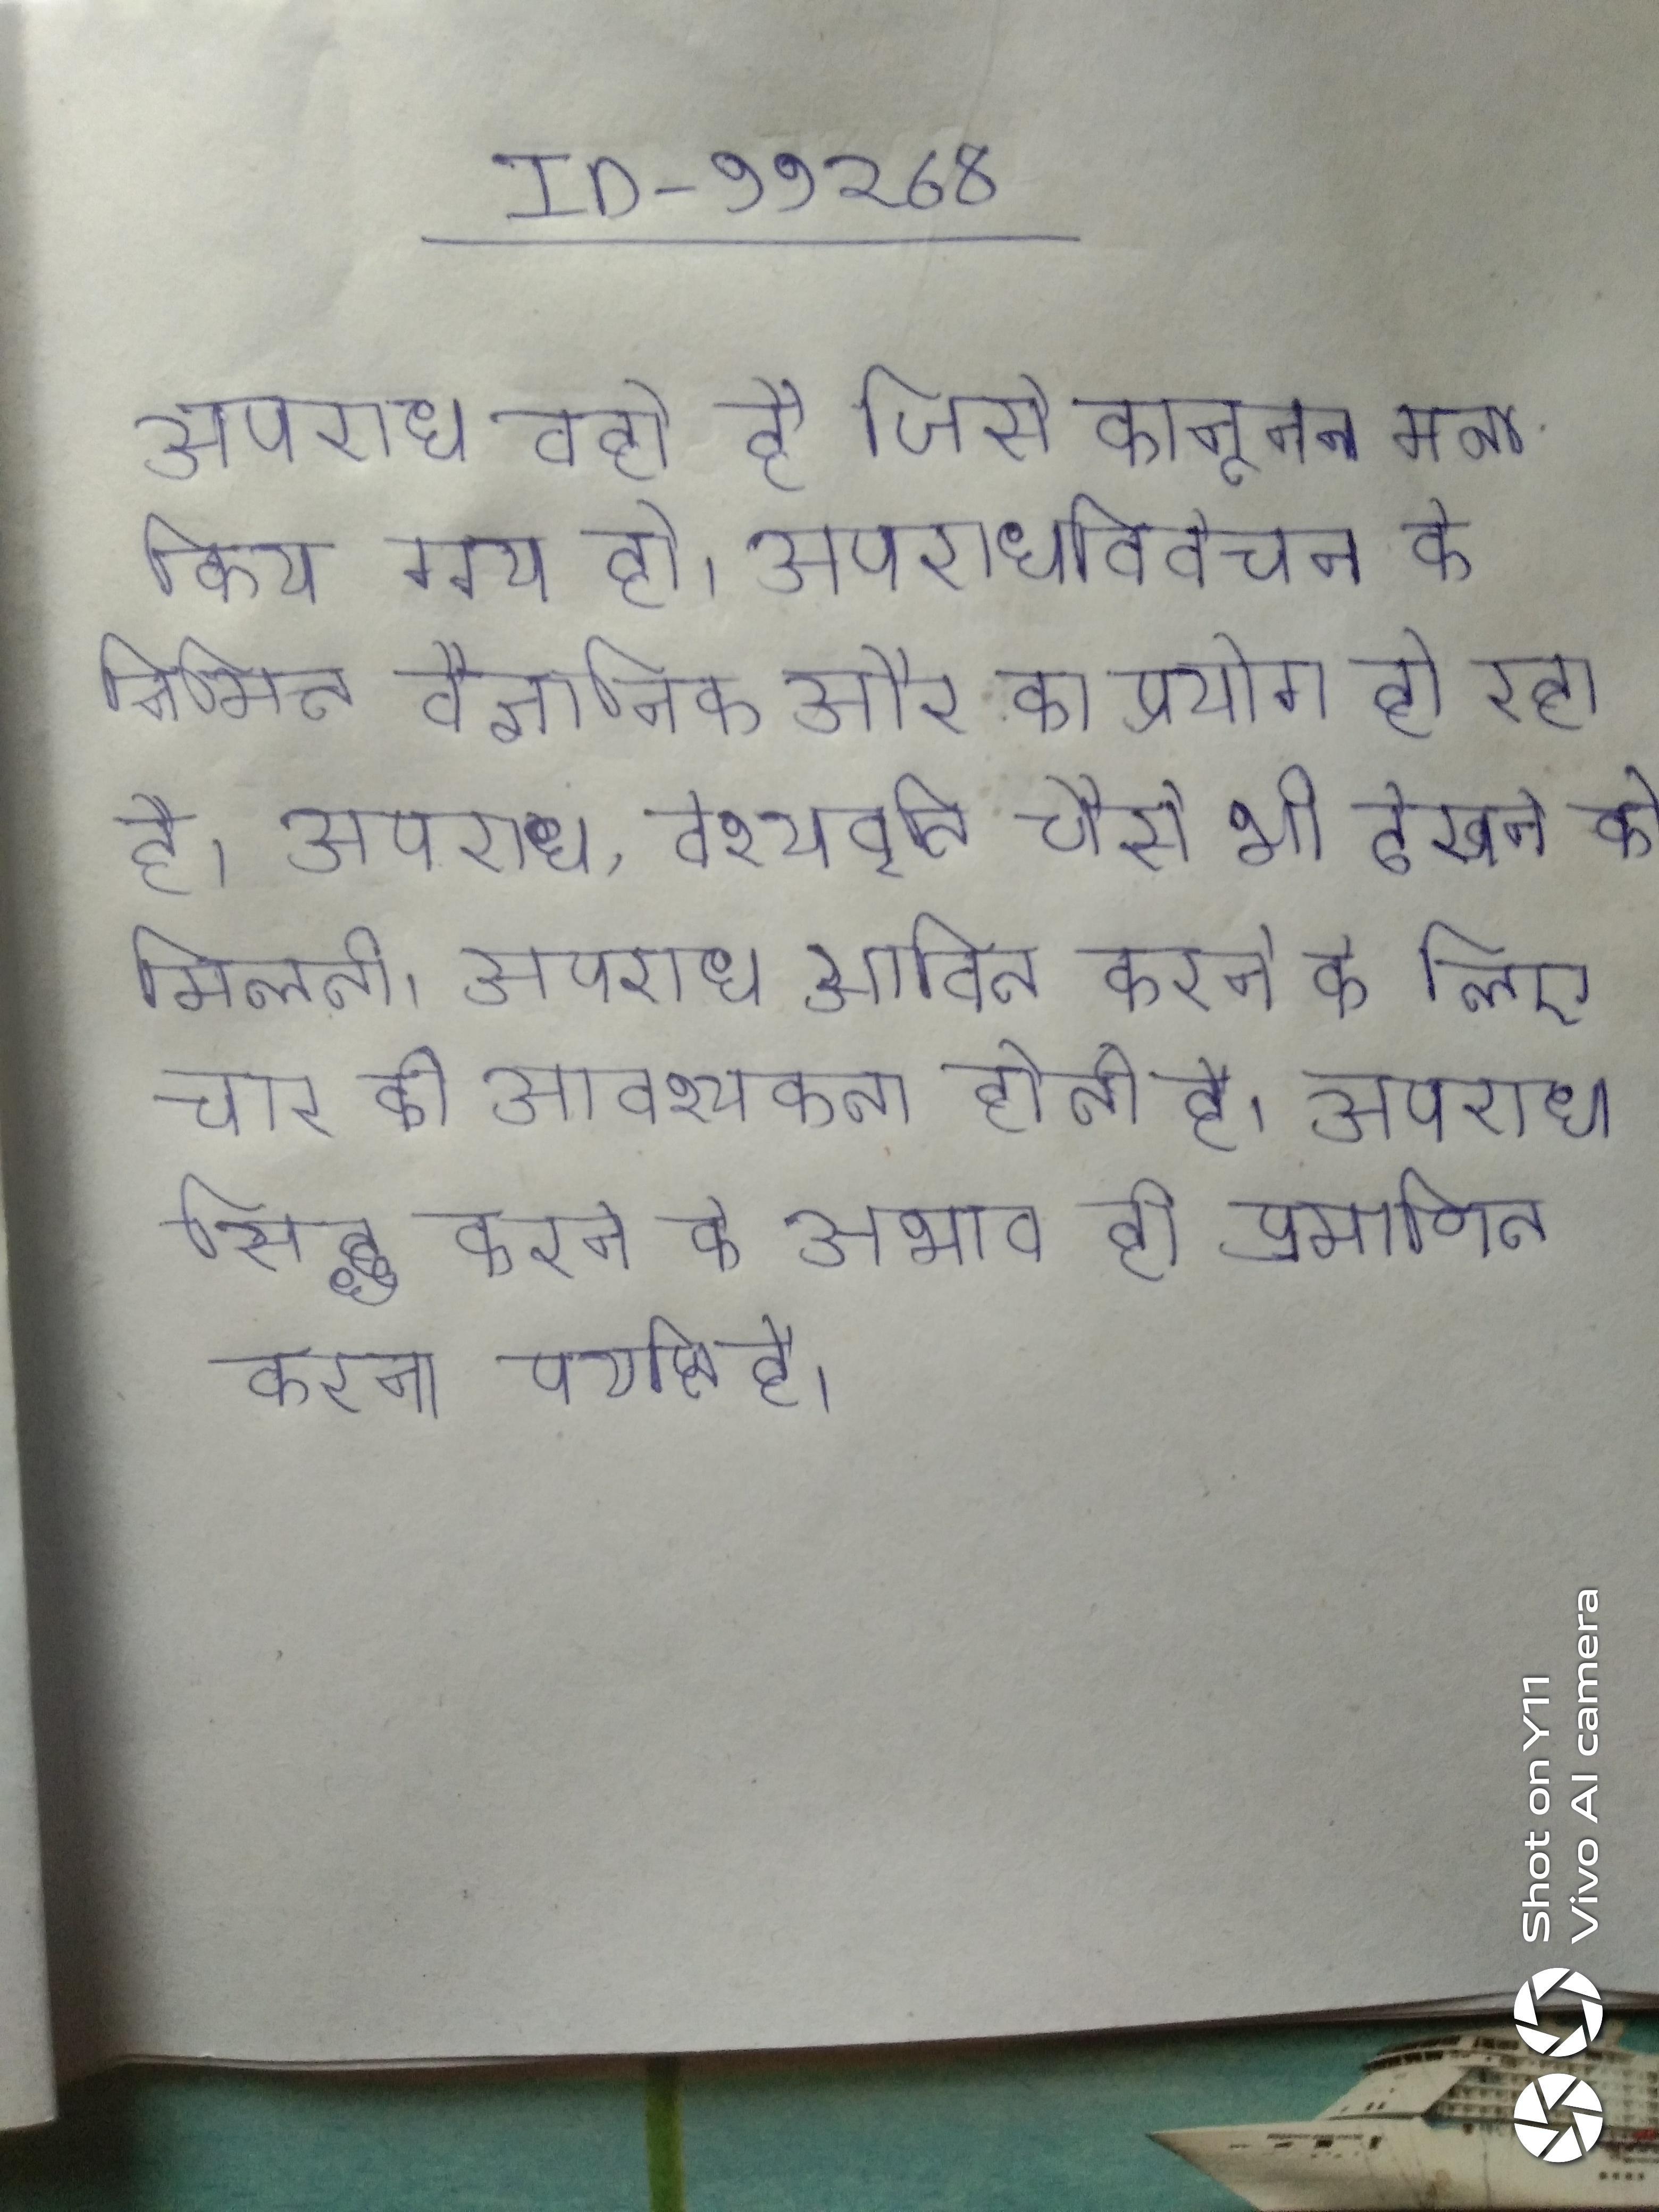
अपराध वही है जिसे कानूनन मना किया गया हो । अपराधविवेचन के निमित्त वैज्ञानिक और का प्रयोग हो रहा है । अपराध, वेश्यावृति जैसे भी देखने को मिलती । अपराध साबित करने के लिए चार की आवश्यकता होती है । अपराध सिद्ध करने के लिए शुद्धता का अभाव ही प्रमाणित करना पर्याप्त है ।